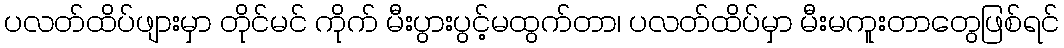
ပလတ်ထိပ်ဖျားမှာ တိုင်မင် ကိုက် မီးပွားပွင့်မထွက်တာ၊ ပလတ်ထိပ်မှာ မီးမကူးတာတွေဖြစ်ရင်